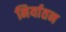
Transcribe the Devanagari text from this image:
निर्यातन